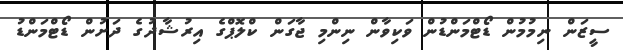
ސީޒަން ނިމުމުން ޑޯޓްމަންޑުން ވަކިވާން ނިންމި ޖާގަން ކްލޮޕްގެ އިރުޝާދުގެ ދަށުން ޑޯޓްމަންޑު